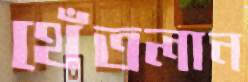
থেঁতলান